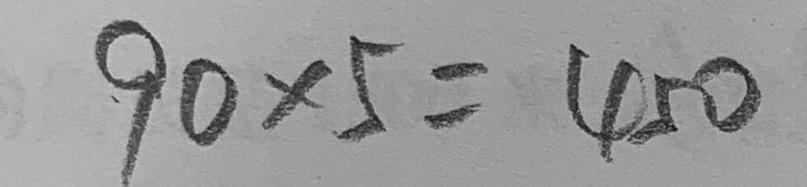
9 0 \times 5 = 4 5 0